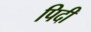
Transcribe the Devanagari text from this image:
पिदी